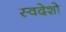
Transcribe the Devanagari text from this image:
स्वदेशो